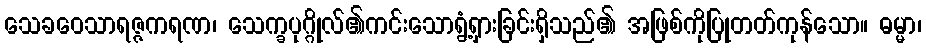
သေခဝေသာရဇ္ဇကရဏ၊ သေက္ခပုဂ္ဂိုလ်၏ကင်းသောရွံ့ရှားခြင်းရှိသည်၏ အဖြစ်ကိုပြုတတ်ကုန်သော။ ဓမ္မာ၊